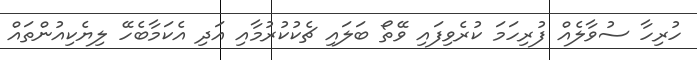
ހުރިހާ ސުވާލެއް ފުރިހަމަ ކުރެވިފައި ވޭތޯ ބަލައި ޗެކުކުރުމާއި އަދި އެކަމާބެހޭ ލިޔެކިއުންތައް